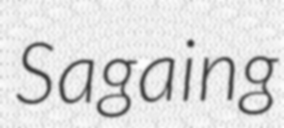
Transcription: Sagaing